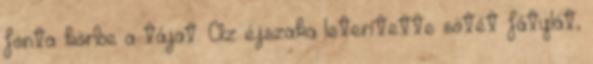
fonta körbe a tájat. Az éjszaka leterítette sötét fátylát,